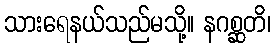
သားရေနယ်သည်မသို့။ နဂစ္ဆတိ၊